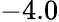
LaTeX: -4.0